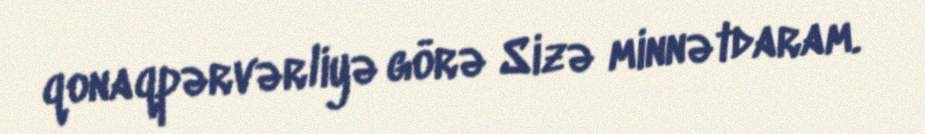
qonaqpərvərliyə görə Sizə minnətdaram.